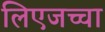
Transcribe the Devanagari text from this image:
लिएजच्चा